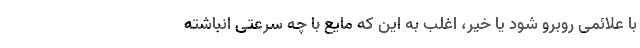
با علائمی روبرو شود یا خیر، اغلب به این که مایع با چه سرعتی انباشته